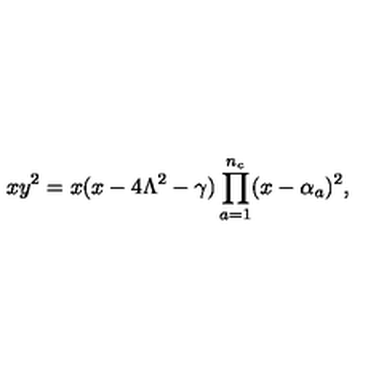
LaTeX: x y ^ { 2 } = x ( x - 4 \Lambda ^ { 2 } - \gamma ) \prod _ { a = 1 } ^ { n _ { c } } ( x - \alpha _ { a } ) ^ { 2 } ,